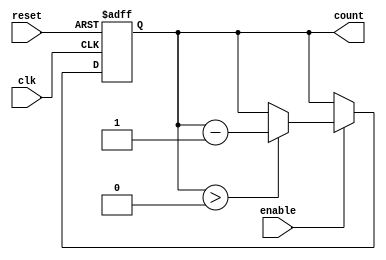
module binary_down_counter #(
    parameter N = 15 // Maximum count value (0 to N)
)(
    input wire clk,          // Clock input
    input wire reset,        // Asynchronous reset input
    input wire enable,       // Count enable input
    output reg [clog2(N+1)-1:0] count // Counter output
);

// Function to calculate log2
function integer clog2;
    input integer value;
    begin
        value = value - 1;
        for (clog2 = 0; value > 0; clog2 = clog2 + 1)
            value = value >> 1;
    end
endfunction

// Asynchronous reset and counting logic
always @(posedge clk or posedge reset) begin
    if (reset) begin
        count <= N; // Reset to maximum count value
    end else if (enable) begin
        if (count > 0) begin
            count <= count - 1; // Decrement the counter
        end
    end
end

endmodule